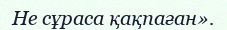
Не сұраса қақпаған».